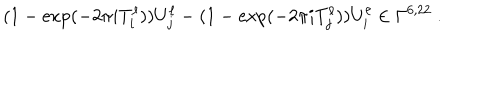
LaTeX: ( 1 - \exp ( - 2 \pi i T _ { i } ^ { \ell } ) ) U _ { j } ^ { \ell } - ( 1 - \exp ( - 2 \pi i T _ { j } ^ { \ell } ) ) U _ { i } ^ { \ell } \in \Gamma ^ { 6 , 2 2 } ~ .